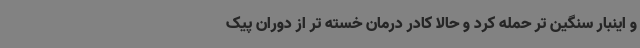
و اینبار سنگین تر حمله کرد و حالا کادر درمان خسته تر از دوران پیک